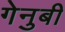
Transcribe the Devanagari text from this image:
गेनुबी